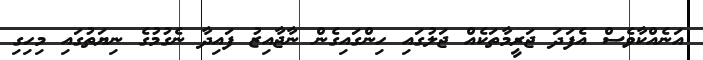
އަނެއްކާވެސް އެފަދަ ޖަރީމާތަކެއް ޖަލުގައި ހިންގައިގެން ނާޖާއިޒު ފައިދާ ނެގުމުގެ ނިޔަތުގައި މިހިގި